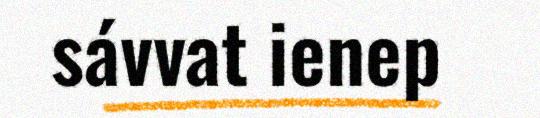
sávvat ienep